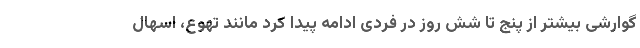
گوارشی بیشتر از پنج تا شش روز در فردی ادامه پیدا کرد مانند تهوع، اسهال